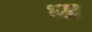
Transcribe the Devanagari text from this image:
ध्म्र